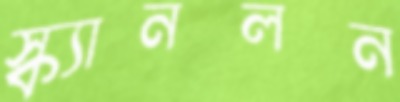
স্ক্যানলন